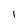
Character: I